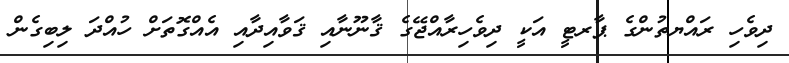
ދިވެހި ރައްޔތުންގެ ޕާރޓީ އަކީ ދިވެހިރާއްޖޭގެ ޤާނޫނާއި ޤަވާއިދާއި އެއްގޮތަށް ހުއްދަ ލިބިގެން